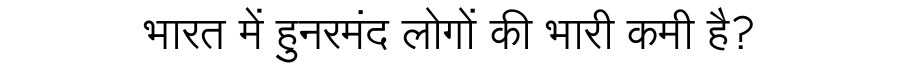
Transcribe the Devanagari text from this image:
भारत में हुनरमंद लोगों की भारी कमी है?